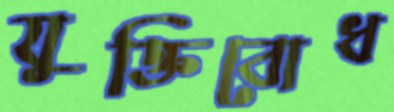
যুক্তিবোধ